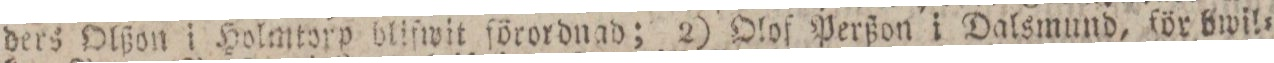
ders Olßon i Holmtorp blifwit förordnad; 2) Olof Perßon i Dalsmund, för bwil=